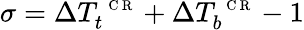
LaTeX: \sigma=\Delta T_{t}^{\mathrm{~\scriptsize~C~R~}}+\Delta T_{b}^{\mathrm{~\scriptsize~C~R~}}-1